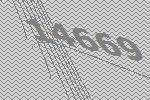
14669